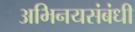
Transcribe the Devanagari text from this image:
अभिनयसंबंधी